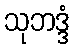
သုဘဒ္ဒံ